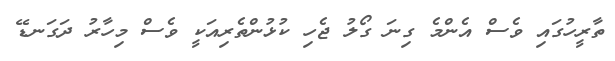
ތާރީހުގައި ވެސް އެންމެ ގިނަ ގޯލު ޖެހި ކުޅުންތެރިއަކީ ވެސް މިހާރު ދަގަނޑޭ